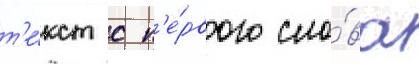
т'е́кст с п'е́рвого сло́ва